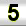
Digit: 5